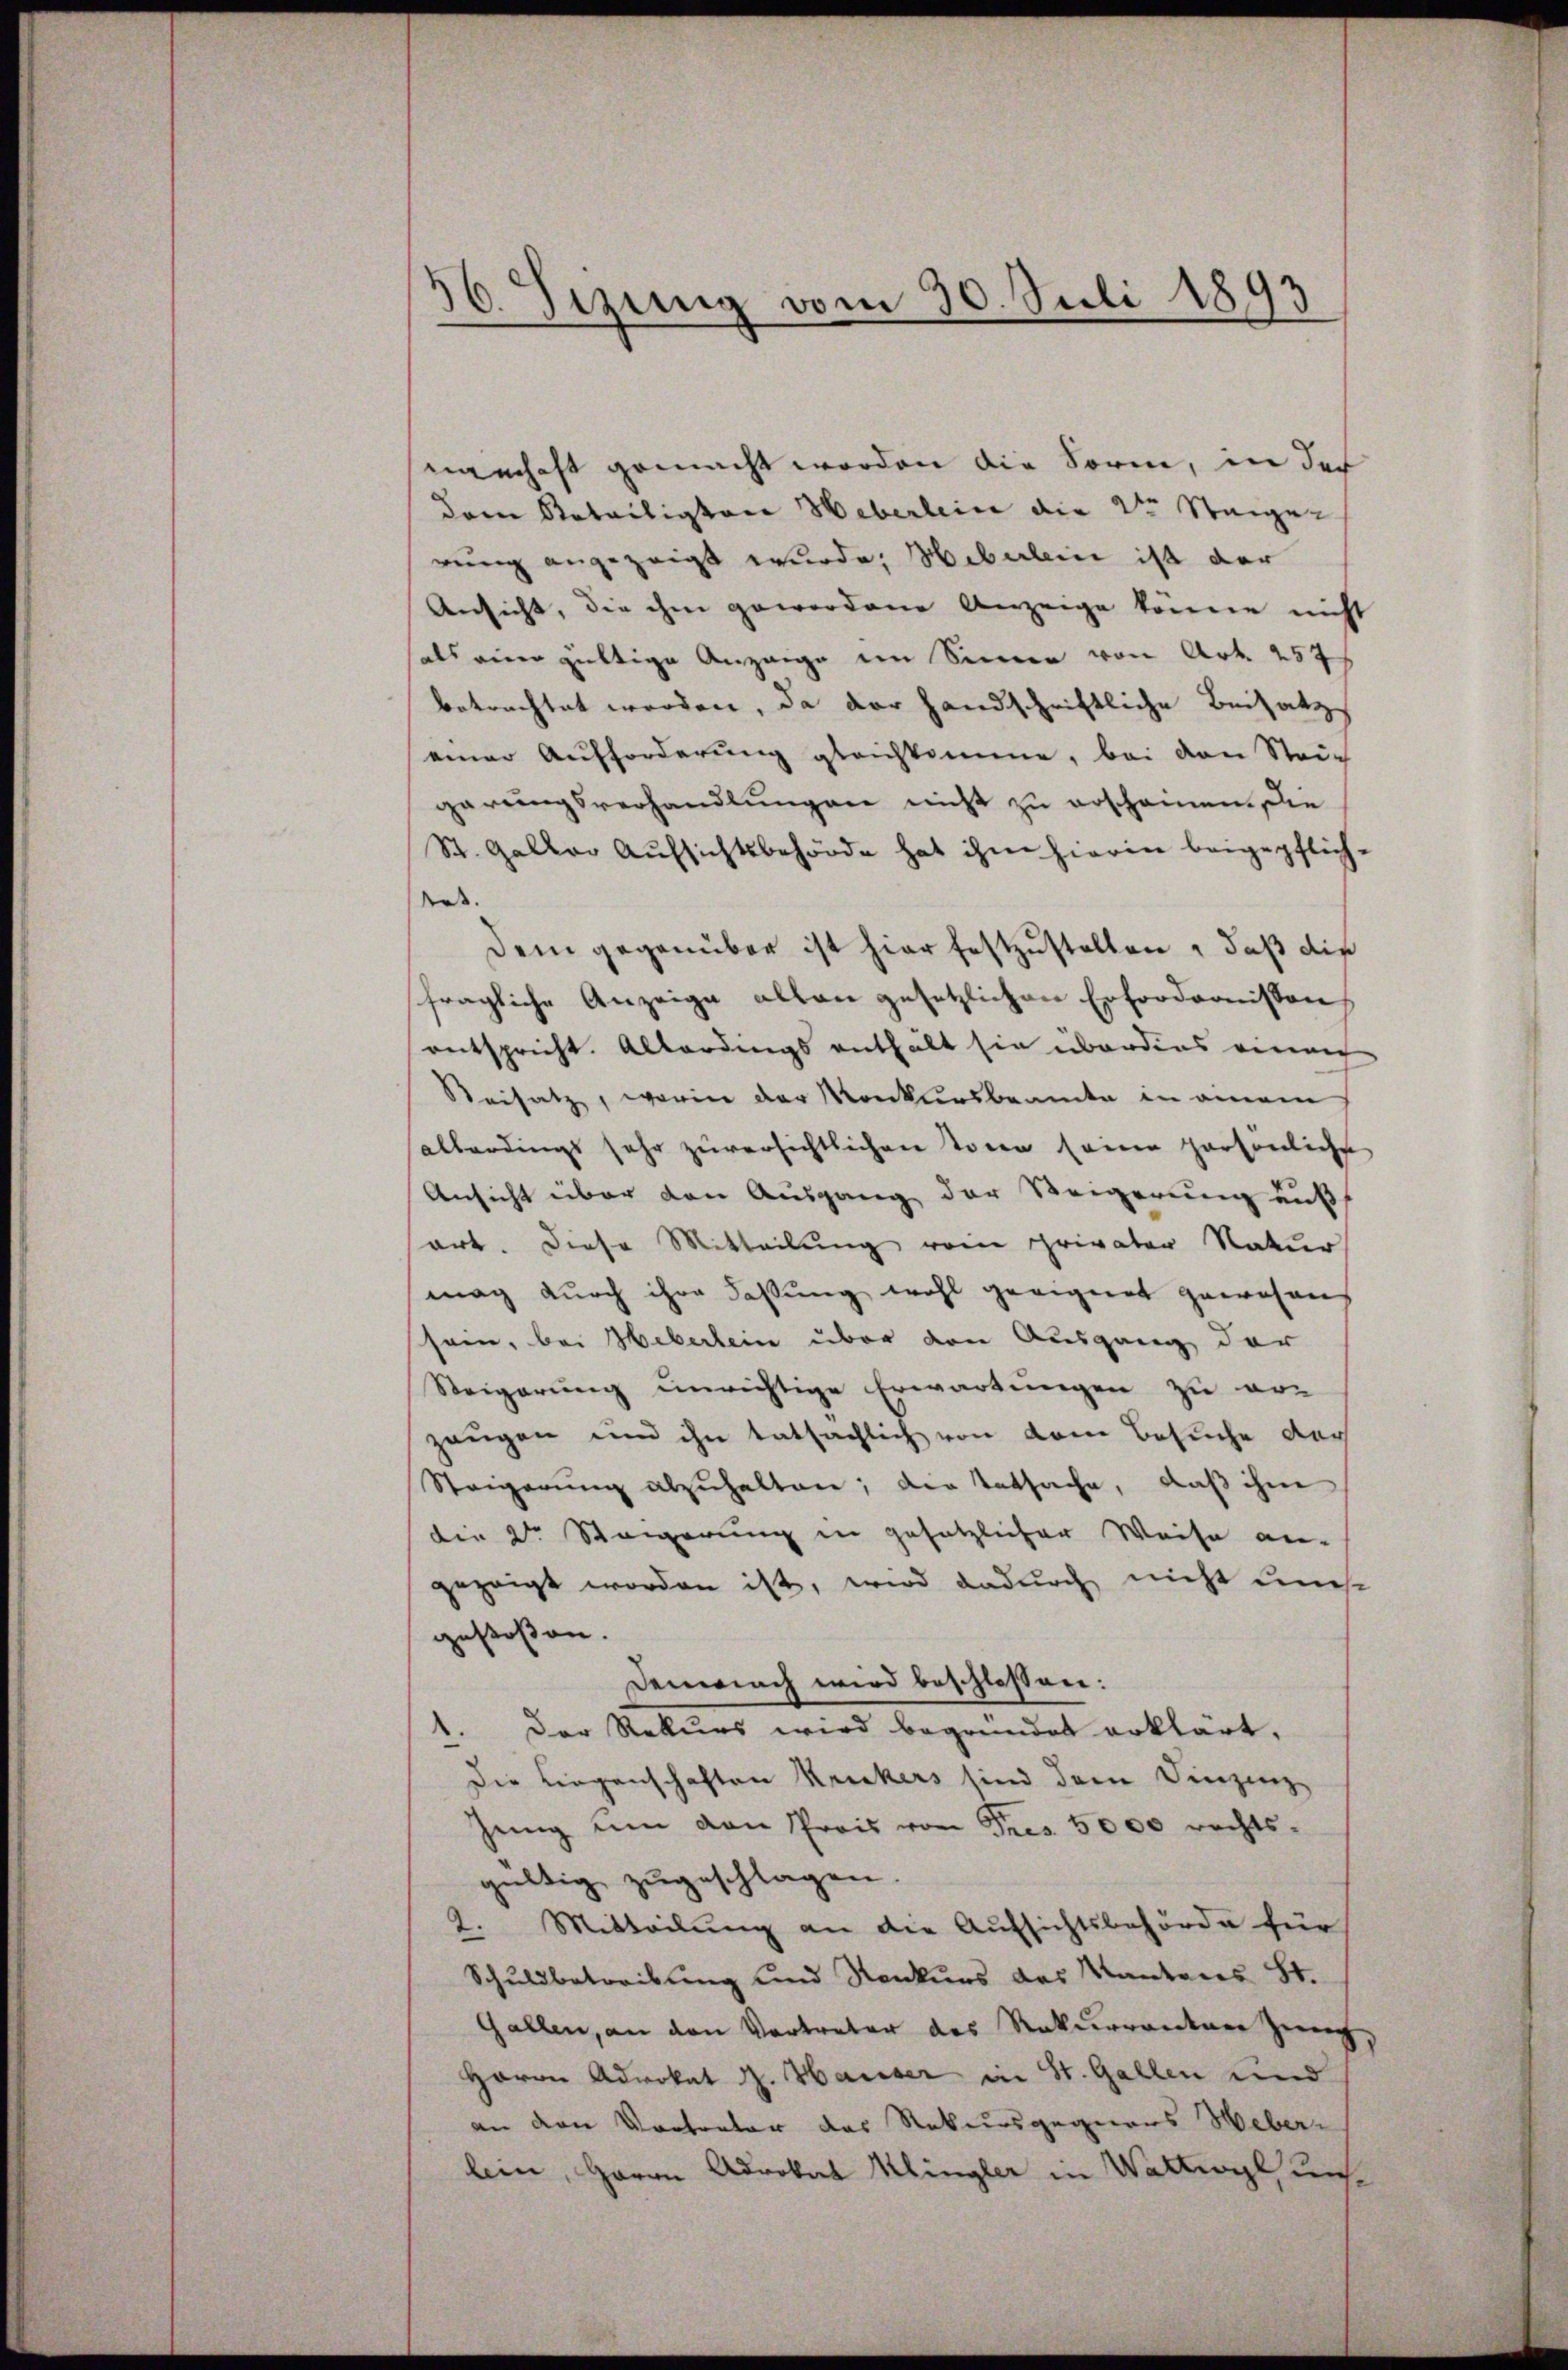
n
36. Sezung vom 30. Juli 1893

namhaft gemacht worden die Sorm, in der
dem Batailigter Heberlein die 2ten Steiger
rung angezeigt wurde; Hiberlein ist der
Ansicht, die ihm gewordene Anzeige könne nicht
des einer gültige Anzeige im Sinner von Art. 2575
betrachtet werden, da der Handschriftliche Beisatz
einer Aufforderung gleichkomme, bei den Stric
garungsverhandlungen nicht zu erscheinen, die
St. Galler Aufsichtsbehörde hat ihm hierin beigepflichdas.
Dem gegenüber ist hier festzustellen, daß die
fragliche Anzeige allen gesetzlichen Erfordernissens
entspricht. Allerdings enthält sie überdies veran
Beisatz, worin der Konkursbeamte in anein,
allerdings sehr zuversichtlichen Toren seine persönliche
Ansicht über den Ausgang der Steigerung auß
art. Diese Mitteilung rein privater Natur
mag durch ihre Faßung wohl geeignet gewesen
sam, bei Heberlein über von Ausgang der
Steigerung unrichtige Erwartungen zu er-
zeugen und ihn tatsächlich von dem Besuche der
Steigerŭng abzŭhalten; der Tatsache, daß ihm
die 2te Steigerung in gesetzlicher Weise an-
gezeigt worden ist, wird dadurch nicht uns
gestossen.
Demnach wird beschlossen:
1. Der Rekurs wird begründet erklärt,
Die Liegenschaften Kruckers sind dem Vinzenz
sŭng ŭm den Preis von Fres 5000 rechts-
gültig zugeschlagen.
2. Mitteilung an die Aufsichtsbehörde für
Schuldbetreibung und Konkurs des Kantons St.
Gallen, an den Vertreter des Rekurrenten Zug,
Herrn Advokat H. Hauser in St. Gallen und
an den Vortreter das Rekursgegners Weberlein, Herrn Advokal Klingler in Wattwyl unse